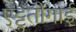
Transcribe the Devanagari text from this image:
एट्टुतोगाई